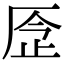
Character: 𠩧